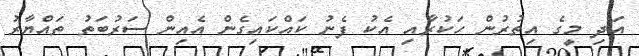
އަދި މީގެ އިތުރުން ހަކުރާއި އެކު ފެނު ކައްކައިގެން އެއިން ސަރުބަތު ތައްޔާރު